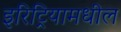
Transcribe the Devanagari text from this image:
इरिट्रियामधील